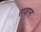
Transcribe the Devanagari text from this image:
रावान